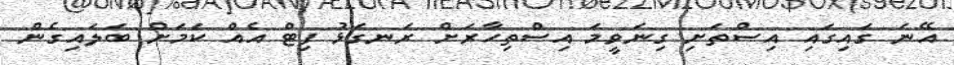
އޭނަ ގައިގައި އިސްތަށި ގިނަވީމަ އިސްތިހާރަށް ރަނގަޅު ފިޓް އެއް ކަަމަށް ބަލައިގެން